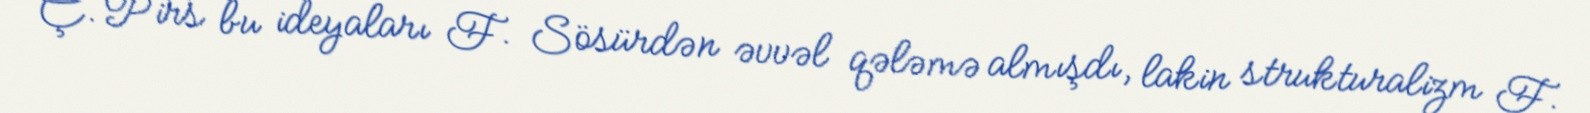
Ç. Pirs bu ideyaları F. Sösürdən əvvəl qələmə almışdı, lakin strukturalizm F.